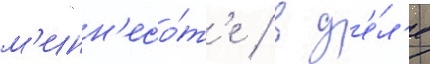
м'инн'есо́т'е / в д'е́л'е